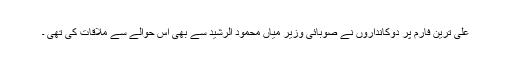
علی ترین فارم پر دوکانداروں نے صوبائی وزیر میاں محمود الرشید سے بھی اس حوالے سے ملاقات کی تھی ۔